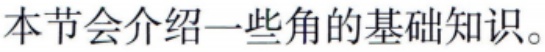
本节会介绍一些角的基础知识。